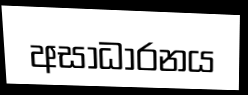
අසාධාරනය